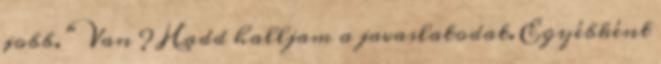
jobb. " Van ? Hadd halljam a javaslatodat. Egyébként